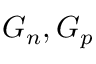
G _ { n } , G _ { p }